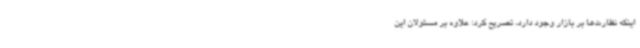
اینکه نظارت‌ها بر بازار وجود دارد، تصریح کرد: علاوه ‌بر مسئولان این